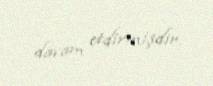
davam etdirmişdir.